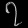
Digit: ၇